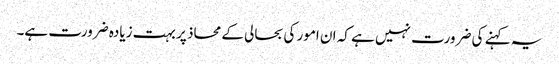
یہ کہنے کی ضرورت نہیں ہے کہ ان امور کی بحالی کے محاذ پر بہت زیادہ ضرورت ہے۔